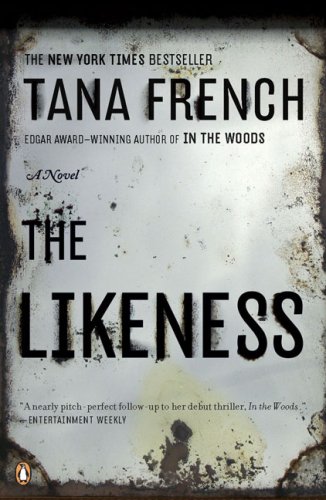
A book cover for The Likeness; Tana French; Mystery, Thriller & Suspense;